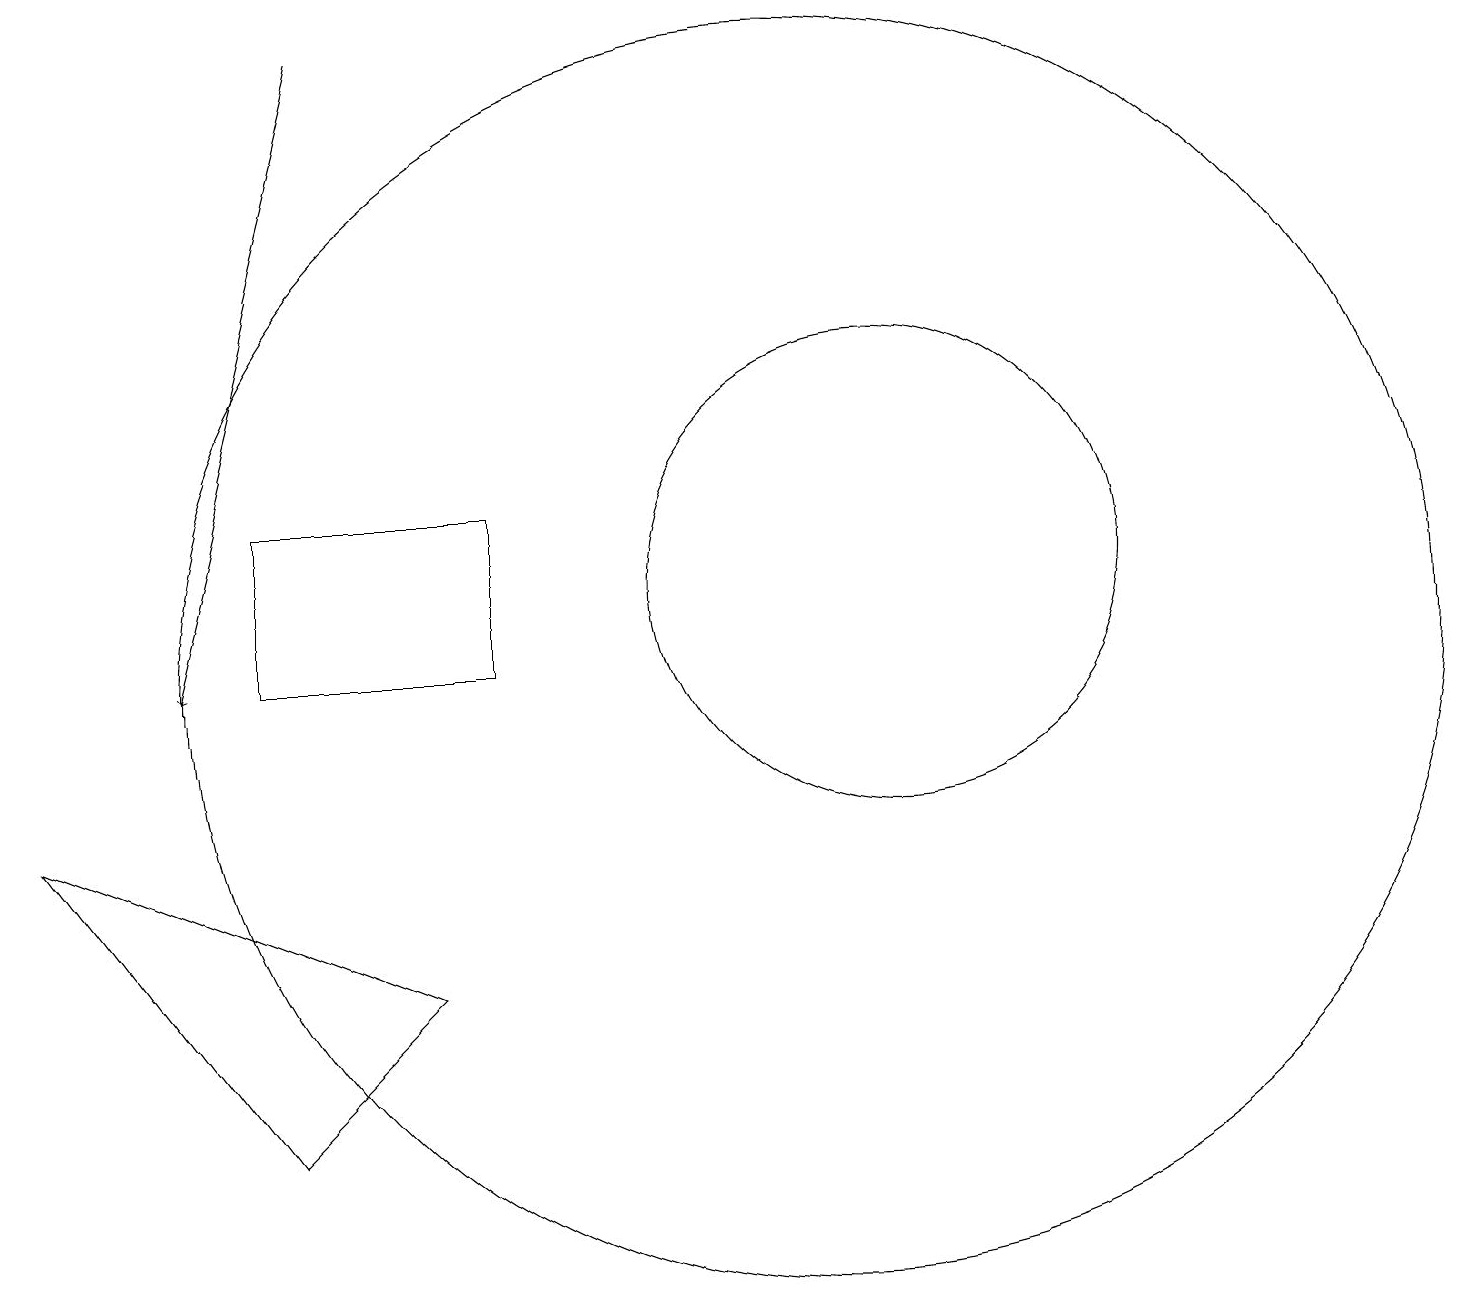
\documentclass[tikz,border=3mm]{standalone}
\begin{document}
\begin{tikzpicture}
\draw[->] (5,19) -- (3,11);
\draw (11,11) circle (8);
\draw (12,12) circle (3);
\draw (4,11) rectangle (7,13);
\draw (6,7) -- (1,9) -- (4,5) -- cycle;
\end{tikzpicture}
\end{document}